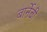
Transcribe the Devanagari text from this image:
बार्नेबी